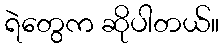
ရဲတွေက ဆိုပါတယ်။